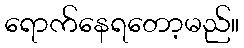
ရောက်နေရတော့မည်။